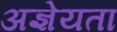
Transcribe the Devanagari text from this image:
अज्ञेयता